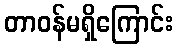
တာဝန်မရှိကြောင်း